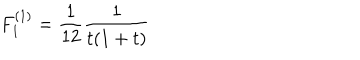
F _ { 1 } ^ { ( 1 ) } = { \frac { 1 } { 1 2 } } { \frac { 1 } { t ( 1 + t ) } }